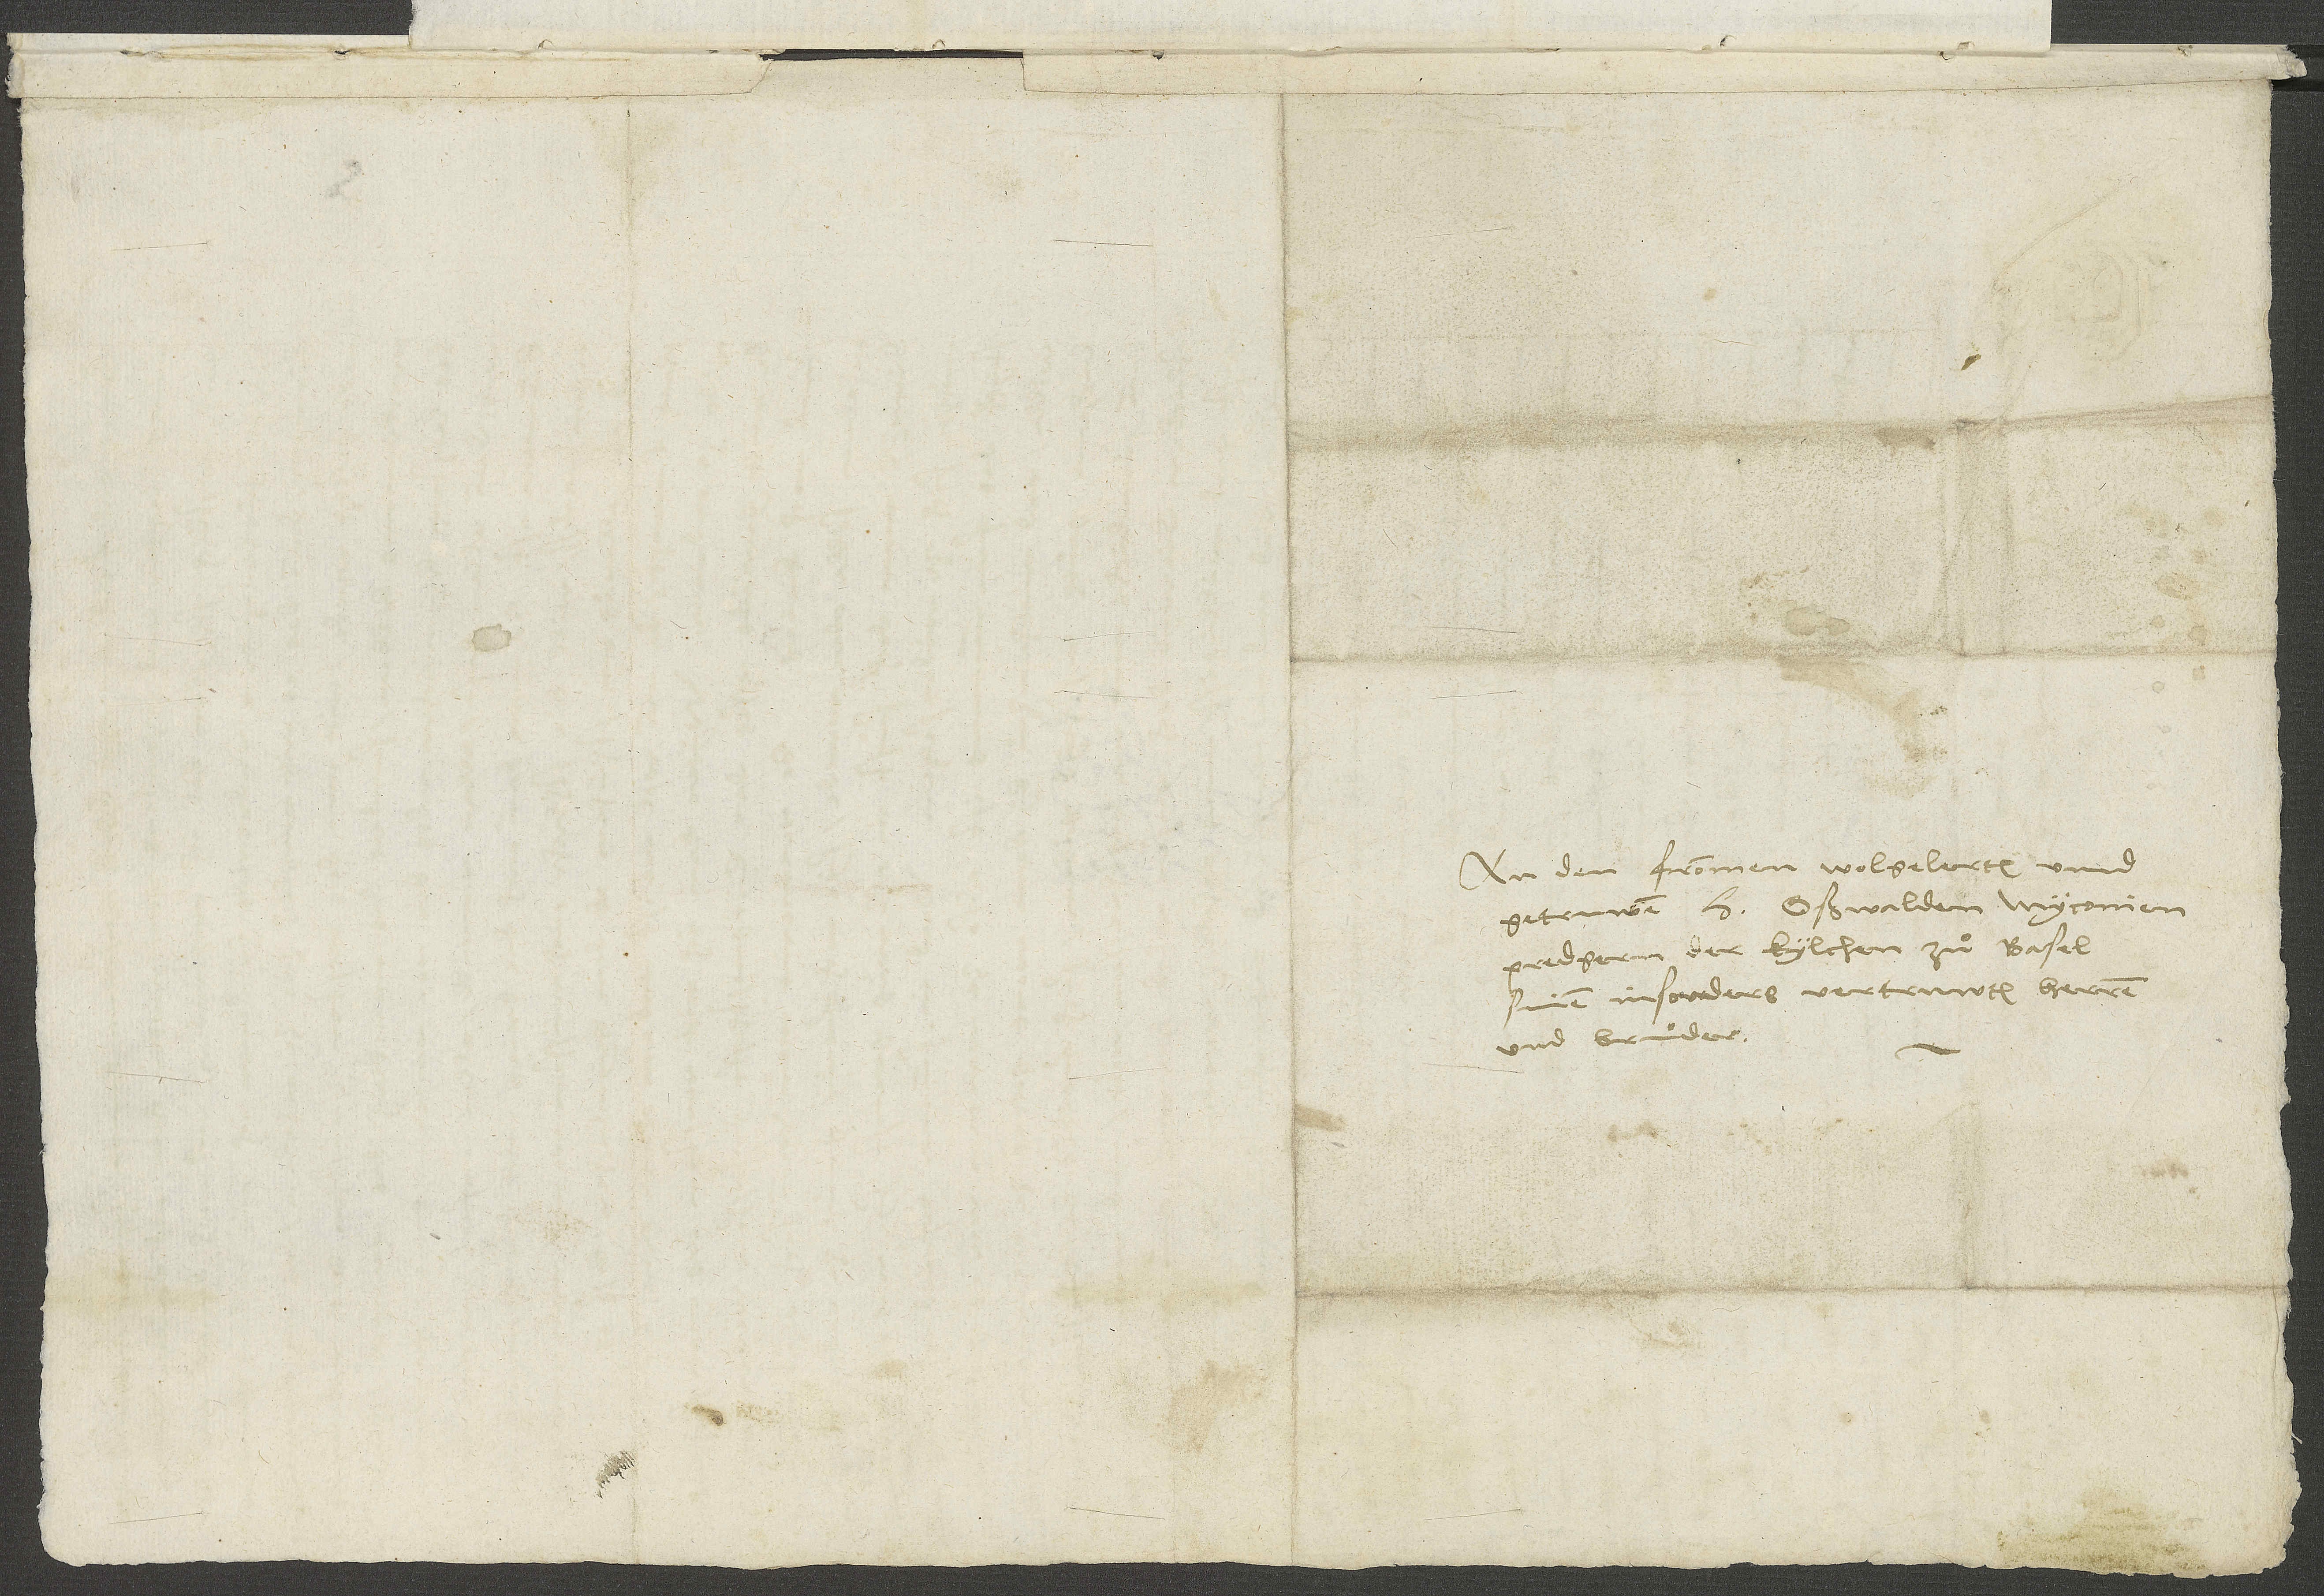
An den frommen, wolgelerten unnd
getruwen d. Oßwalden Myconien,
predgern der kylchen zuͦ Basel,
sinem insondes vertruwten herren